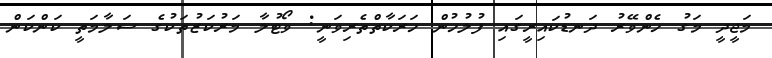
މަޖީދީ މަގު ހެންވޭރު ދަނޑުކައިރީގައި ފުލުހުން ހަރަކާތްތެރިވަނީ: ވޯޓުލާ މަރުކަޒުތަކުގެ ސަލާމަތީ ކަންކަން